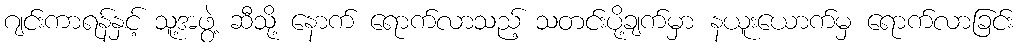
ဂျင်းကာရန်နှင့် သူ့အဖွဲ့ ဆီသို့ နောက် ရောက်လာသည့် သတင်းပို့ချက်မှာ နယူးယောက်မှ ရောက်လာခြင်း